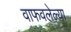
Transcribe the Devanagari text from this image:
वाफवलेल्या